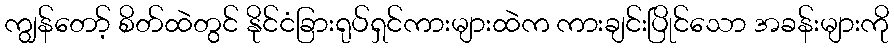
ကျွန်တော့် စိတ်ထဲတွင် နိုင်ငံခြားရုပ်ရှင်ကားများထဲက ကားချင်းပြိုင်သော အခန်းများကို